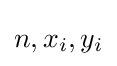
n,x_{i},y_{i}